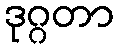
ဒုဂ္ဂတာ